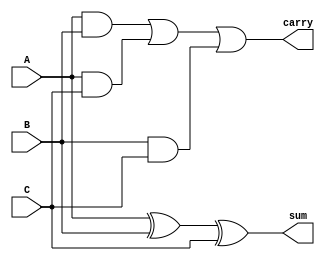
`timescale 1ns / 1ps


module FullAdder(output carry, output sum, input A, input B, input C

    );
    
    wire w1,w2,w3;
        
    assign w1 = (A & B);
    assign w2 = (A & C);
    assign w3 = (B & C);
    assign sum = (A^B^C);
    assign carry = (w1|w2|w3);
    
    
    
endmodule

module RA16bit(A15,A14,A13,A12,A11,A10,A9,A8,A7,A6,A5,A4,A3,A2,A1,A0,
              B15,B14,B13,B12,B11,B10,B9,B8,B7,B6,B5,B4,B3,B2,B1,B0,
              C15,C14,C13,C12,C11,C10,C9,C8,C7,C6,C5,C4,C3,C2,C1,C0,
              SUB, OVF);
    
    input A15,A14,A13,A12,A11,A10,A9,A8,A7,A6,A5,A4,A3,A2,A1,A0;
    input B15,B14,B13,B12,B11,B10,B9,B8,B7,B6,B5,B4,B3,B2,B1,B0;
    input SUB;
    output OVF;
    output C15,C14,C13,C12,C11,C10,C9,C8,C7,C6,C5,C4,C3,C2,C1,C0;
    
    wire w10,w11,w12,w13,w14,w15,w16,w17,w18,w19,w20,w21,w22,w23,w24;
    
    wire [15:0] bin;
        assign bin[0] = B0^SUB;
        assign bin[1] = B1^SUB;
        assign bin[2] = B2^SUB;
        assign bin[3] = B3^SUB;
        assign bin[4] = B4^SUB;                          
        assign bin[5] = B5^SUB;
        assign bin[6] = B6^SUB;
        assign bin[7] = B7^SUB;
        
        assign bin[8] = B8^SUB;
        assign bin[9] = B9^SUB;
        assign bin[10] = B10^SUB;
        assign bin[11] = B11^SUB;
        assign bin[12] = B12^SUB;                          
        assign bin[13] = B13^SUB;
        assign bin[14] = B14^SUB;
        assign bin[15] = B15^SUB;
    
   
     wire [16:1] carry;     
       
   //output carry = input carry of next 
    FullAdder FA0(carry[1], C0, A0, bin[0], SUB);
    FullAdder FA1(carry[2], C1, A1, bin[1], carry[1]);
    FullAdder FA2(carry[3], C2, A2, bin[2], carry[2]);
    FullAdder FA3(carry[4], C3, A3, bin[3], carry[3]);
    FullAdder FA4(carry[5], C4, A4, bin[4], carry[4]);
    FullAdder FA5(carry[6], C5, A5, bin[5], carry[5]);
    FullAdder FA6(carry[7], C6, A6, bin[6], carry[6]);
    FullAdder FA7(carry[8], C7, A7, bin[7], carry[7]);
    FullAdder FA8(carry[9], C8, A8, bin[8], carry[8]);
    FullAdder FA9(carry[10], C9, A9, bin[9], carry[9]);
    FullAdder FA10(carry[11], C10, A10, bin[10], carry[10]);
    FullAdder FA11(carry[12], C11, A11, bin[11], carry[11]);
    FullAdder FA12(carry[13], C12, A12, bin[12], carry[12]);
    FullAdder FA13(carry[14], C13, A13, bin[13], carry[13]);
    FullAdder FA14(carry[15], C14, A14, bin[14], carry[14]);
    FullAdder FA15(carry[16], C15, A15, bin[15], carry[15]);   
    
     
    
    //assign OVF = SUB^carry[16];
    assign OVF = carry[15]^carry[16];
endmodule